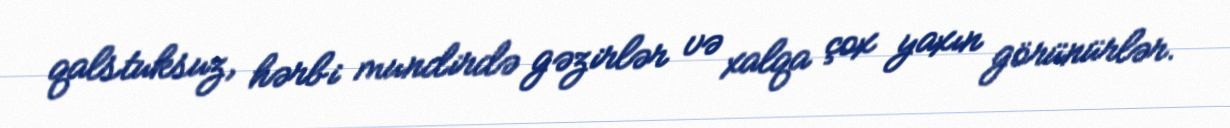
qalstuksuz, hərbi mundirdə gəzirlər və xalqa çox yaxın görünürlər.